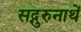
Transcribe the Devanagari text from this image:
सद्गुरुनाथें